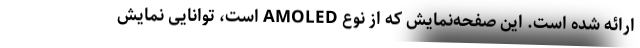
ارائه شده است. این صفحه‌نمایش که از نوع AMOLED است، توانایی نمایش